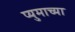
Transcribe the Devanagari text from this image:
प्युमाच्या